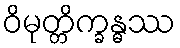
ဝိမုတ္တိက္ခန္ဓဿ